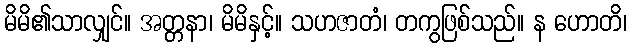
မိမိ၏သာလျှင်။ အတ္တနာ၊ မိမိနှင့်။ သဟဇာတံ၊ တကွဖြစ်သည်။ န ဟောတိ၊